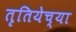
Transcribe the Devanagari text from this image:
तृतियेच्या